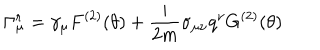
\Gamma _ { \mu } ^ { r } = \gamma _ { \mu } F ^ { ( 2 ) } ( \theta ) + \frac { i } { 2 m } \sigma _ { \mu \nu } q ^ { \nu } G ^ { ( 2 ) } ( \theta )